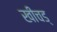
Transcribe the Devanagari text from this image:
खीचड्